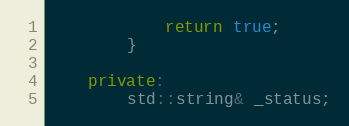
Language: C++
			return true;
		}

	private:
		std::string& _status;